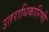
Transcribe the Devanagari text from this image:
उतराधिकारिणी